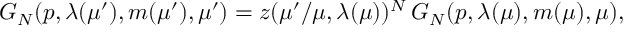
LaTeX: G _ { N } ( p , \lambda ( \mu ^ { \prime } ) , m ( \mu ^ { \prime } ) , \mu ^ { \prime } ) = z ( \mu ^ { \prime } / \mu , \lambda ( \mu ) ) ^ { N } \, G _ { N } ( p , \lambda ( \mu ) , m ( \mu ) , \mu ) ,